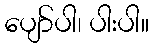
ပျော်ပါ၊ ပါးပါ။